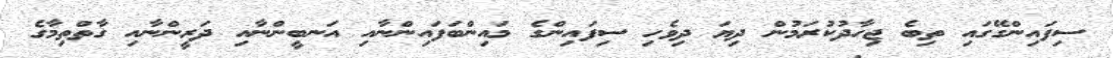
ސިފައިންގޭގައި ތިބެ ޖިހާދުކުރަމުން ދިޔަ ދިވެހި ސިފައިންގެ މައިންބަފައިންނާއި އަނބީންނާއި ދަރީންނާއި ގާތްތިމާގެ